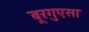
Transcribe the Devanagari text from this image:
बूरगुएसा